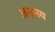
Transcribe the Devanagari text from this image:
अनुभय